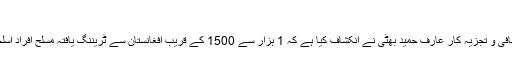
تشویشناک خبر
لاہور (ویب ڈیسک) نجی ٹی وی سینئر صحافی و تجزیہ کار عارف حمید بھٹی نے انکشاف کیا ہے کہ 1 ہزار سے 1500 کے قریب افغانستان سے ٹریننگ یافتہ مسلح افراد اسلحہ سمیت اسلام آباد میں پہنچادیے گئے ہیں۔